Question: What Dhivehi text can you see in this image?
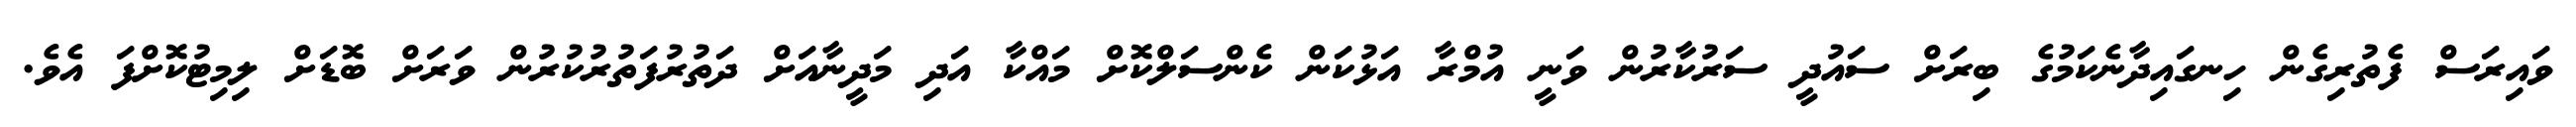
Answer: ވައިރަސް ފެތުރިގެން ހިނގައިދާނެކަމުގެ ބިރަށް ސައުދީ ސަރުކާރުން ވަނީ އުމްރާ އަޅުކަން ކެންސަލްކޮށް މައްކާ އަދި މަދީނާއަށް ދަތުރުފަތުރުކުރުން ވަރަށް ބޮޑަށް ލިމިޓުކޮށްފަ އެވެ.